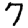
Digit: 7